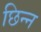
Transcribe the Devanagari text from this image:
छिन्‍न